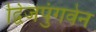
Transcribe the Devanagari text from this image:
द्विजपुंगवेन